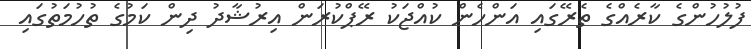
ފުލުހުންގެ ކާރެއްގެ ތެރޭގައި އަންހެން ކުއްޖަކު ރޭޕްކުރަން އިރުޝާދު ދިން ކަމުގެ ތުހުމަތުގައި